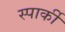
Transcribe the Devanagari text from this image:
स्पार्की